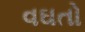
વઘતો